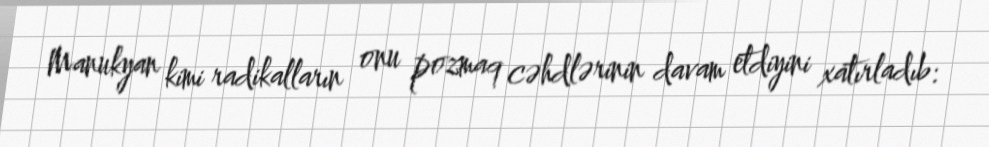
Manukyan kimi radikalların onu pozmaq cəhdlərinin davam etdiyini xatırladıb: